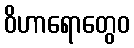
ဝိဟာရောတွေဝ